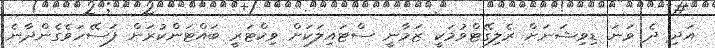
އަދި ދެ ވަނަ ޑިވިޝަނަށް ރެލިގޭޓްވުމަކީ ޒަމާނީ ސްޓައިލަކަށް ވިކްޓަރީ ބައްޓަންކުރަން ފަސޭހަވެގެންދާނެ